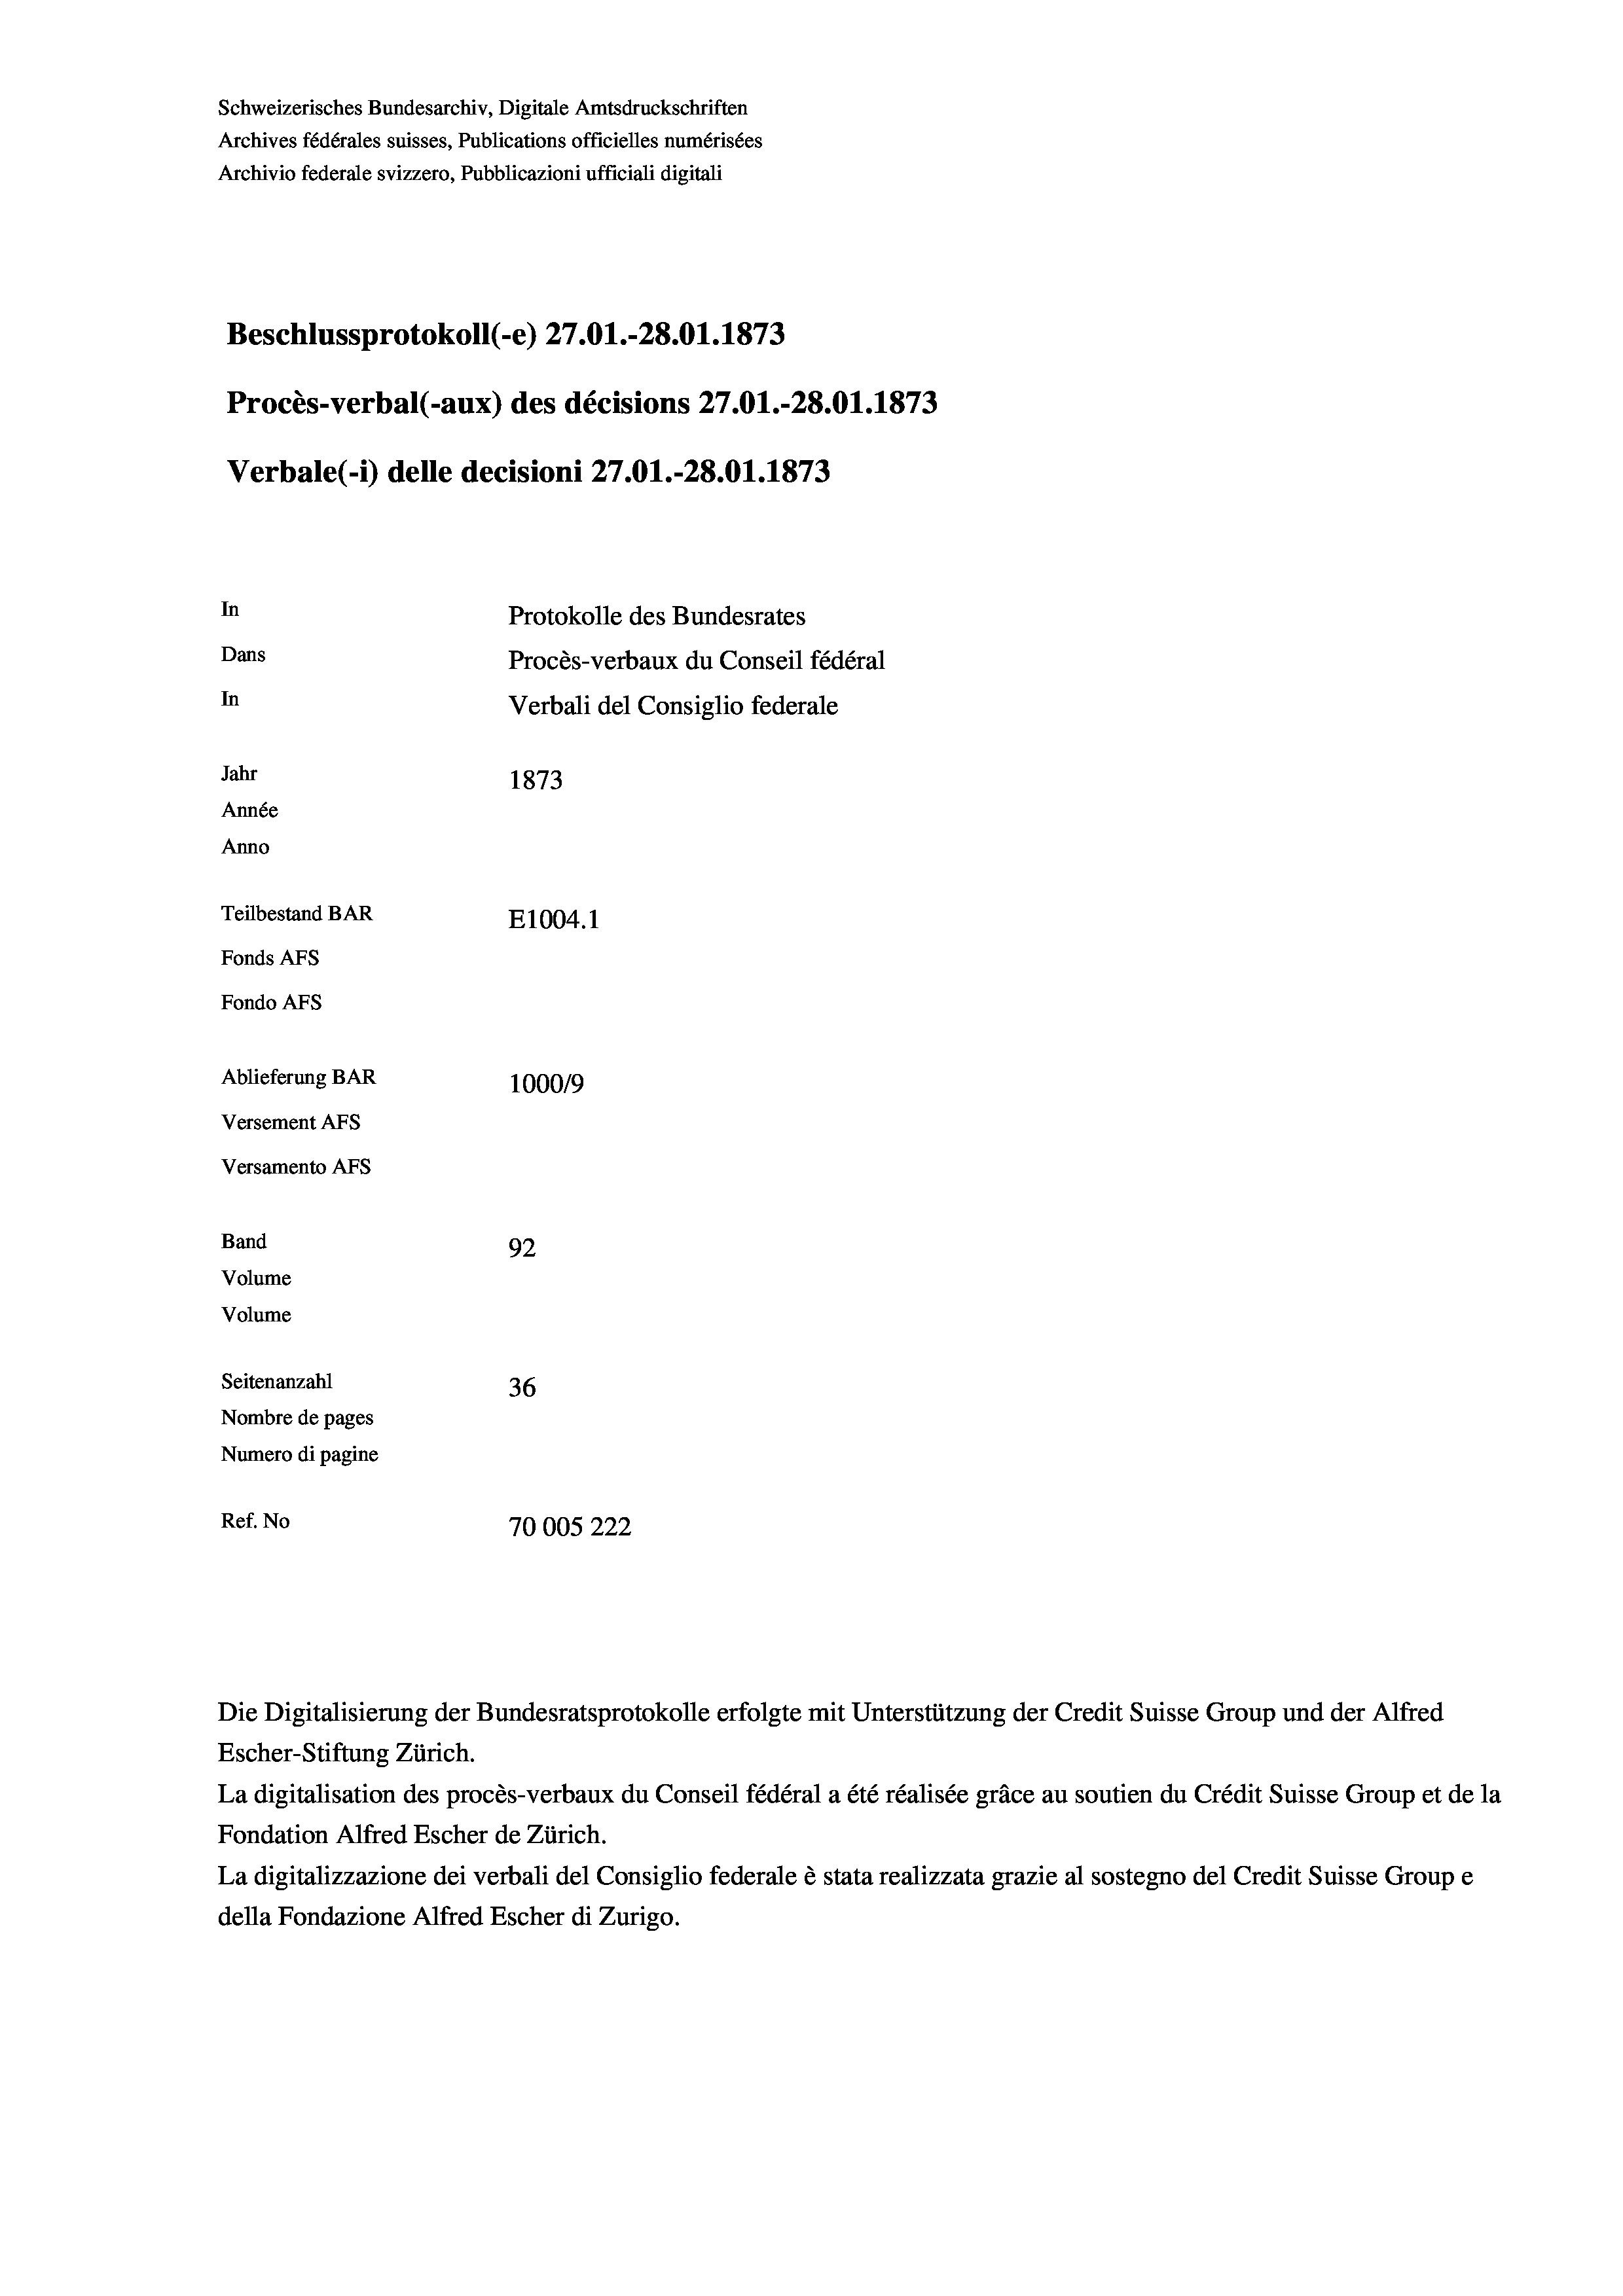
Schweizerisches Bundesarchiv, Digitale Amtsdruckschriften
Archives fédérales suisses, Publications officielles numérisées
Archivio federale svizzero, Pubblicazioni ufficiali digitali
Beschlussprotokoll (-e) 27.01.-28.01. 1873
Procès-verbal (-aux) des décisions 27.01.-28.01. 1873
In
Protokolle des Bundesrates
Dans
Procès-verbaux du Conseil fédéral
In
Verbali del Consiglio federale
Jahr
1873
Année
Anno
Teilbestand BAR
E1004.1
Fonds AFs
Fondo AFs

Ablieferung BAR
Versement AFs
Versamento AFs
Band
Volume
Volume

Verbale (- 1) delle decisioni 27.O1.-28.01. 1873

92
Seitenanzahl
36
Nombre de pages
Numero di pagine
Ref. No
70005222

100019

Escher-Stiftung Zürich.
La digitalisation des procès-verbaux du Conseil fédéral a été réalisée gräce au soutien du Crédit Suisse Group et de la
Fondation Alfred Escher de Zürich.
La digitalizzazione dei verbali del Consiglio federale è stata realizzata grazie al sostegno del Credit Suisse Groupe
della Fondazione Alfred Escher di Zurigo.

Die Digitalisierung der Bundesratsprotokolle erfolgte mit Unterstützung der Credit Suisse Group und der Alfred